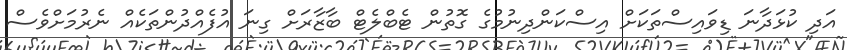
އަދި ކުޅަދާނަ ޑިވައިސްތަކަށް އިސްކަންދިނުމުގެ ގޮތުން ޓެބްލެޓް ބާޒާރަށް ގިނަ އުފެއްދުންތަކެއް ނެރުމަށްވެސް